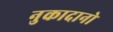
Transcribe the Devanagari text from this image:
नुकादानो